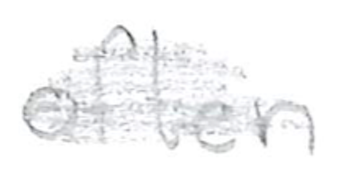
Text: often
Cross-out: scratch
Writing tool: pencil